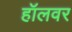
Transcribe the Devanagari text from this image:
हॉलवर